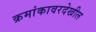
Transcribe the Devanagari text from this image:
क्रमांकावरदेखील